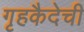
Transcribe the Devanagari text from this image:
गृहकैदेची